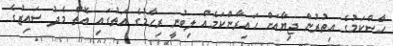
ހާސްކަމުގެ އިތުރުން ޖިޔާއަށް ހައިރާންކަމެއް ލިބުނީ ރިހާމުގެ އަތުގައި އޮތް މެދު ސައިޒުގެ